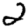
Digit: 2